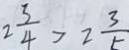
2 \frac { 3 } { 4 } > 2 \frac { 3 } { 5 }